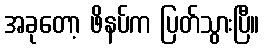
အခုတော့ ဖိနပ်က ပြတ်သွားပြီ။